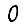
Digit: 0